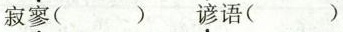
寂\underset{·}{寥}( ) \underset{·}{谚}语( )